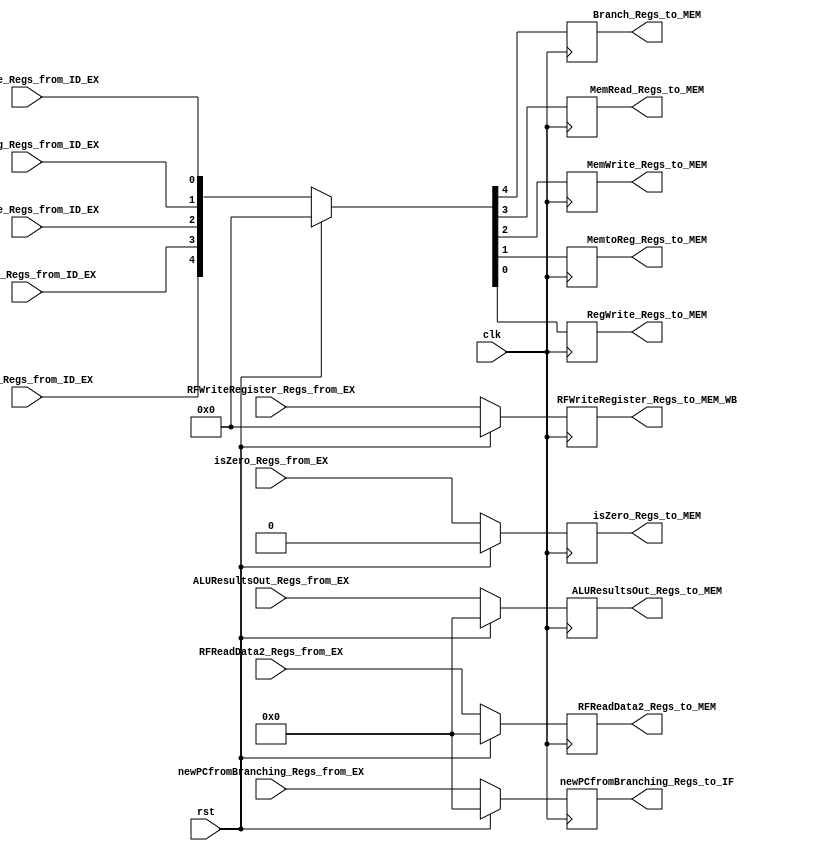
`timescale 1ns / 1ps

module EX_MEMRegs
            (
                input wire clk,
                input wire rst,

                input wire [32-1:0]newPCfromBranching_Regs_from_EX,
                input wire isZero_Regs_from_EX,
                input wire [32-1:0]ALUResultsOut_Regs_from_EX,
                input wire [32-1:0]RFReadData2_Regs_from_EX,
                input wire [5-1:0]RFWriteRegister_Regs_from_EX,

                input wire Branch_Regs_from_ID_EX,
                input wire MemRead_Regs_from_ID_EX,
                input wire MemWrite_Regs_from_ID_EX,

                input wire MemtoReg_Regs_from_ID_EX,
                input wire  RegWrite_Regs_from_ID_EX,



                output reg [32-1:0]newPCfromBranching_Regs_to_IF,
                output reg [32-1:0]ALUResultsOut_Regs_to_MEM,
                output reg [32-1:0]RFReadData2_Regs_to_MEM,
                output reg [5-1:0]RFWriteRegister_Regs_to_MEM_WB,
                output reg isZero_Regs_to_MEM,

                output reg Branch_Regs_to_MEM,
                output reg MemRead_Regs_to_MEM,
                output reg MemWrite_Regs_to_MEM,

                output reg MemtoReg_Regs_to_MEM,
                output reg RegWrite_Regs_to_MEM
        );



always@(posedge clk)
    begin
        if(rst == 1)
            begin
                newPCfromBranching_Regs_to_IF <= 0;
                isZero_Regs_to_MEM <= 0;
                ALUResultsOut_Regs_to_MEM <= 0;
                RFReadData2_Regs_to_MEM <=  0;
                RFWriteRegister_Regs_to_MEM_WB <= 0;
                {Branch_Regs_to_MEM, MemRead_Regs_to_MEM, MemWrite_Regs_to_MEM, MemtoReg_Regs_to_MEM, RegWrite_Regs_to_MEM} <= 0;
            end
        else
            begin
                newPCfromBranching_Regs_to_IF <= newPCfromBranching_Regs_from_EX;
                isZero_Regs_to_MEM <= isZero_Regs_from_EX;
                ALUResultsOut_Regs_to_MEM <= ALUResultsOut_Regs_from_EX;
                RFReadData2_Regs_to_MEM <=  RFReadData2_Regs_from_EX;
                RFWriteRegister_Regs_to_MEM_WB <= RFWriteRegister_Regs_from_EX;
                {Branch_Regs_to_MEM, MemRead_Regs_to_MEM, MemWrite_Regs_to_MEM, MemtoReg_Regs_to_MEM, RegWrite_Regs_to_MEM} <= {Branch_Regs_from_ID_EX, MemRead_Regs_from_ID_EX, MemWrite_Regs_from_ID_EX, MemtoReg_Regs_from_ID_EX, RegWrite_Regs_from_ID_EX};
            end
    end



endmodule